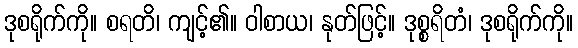
ဒုစရိုက်ကို။ စရတိ၊ ကျင့်၏။ ဝါစာယ၊ နုတ်ဖြင့်။ ဒုစ္စရိတံ၊ ဒုစရိုက်ကို။